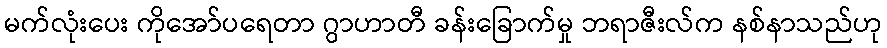
မက်လုံးပေး ကိုအော်ပရေတာ ဂွာဟာတီ ခန်းခြောက်မှု ဘရာဇီးလ်က နစ်နာသည်ဟု